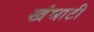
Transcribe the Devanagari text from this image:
खंभाटी